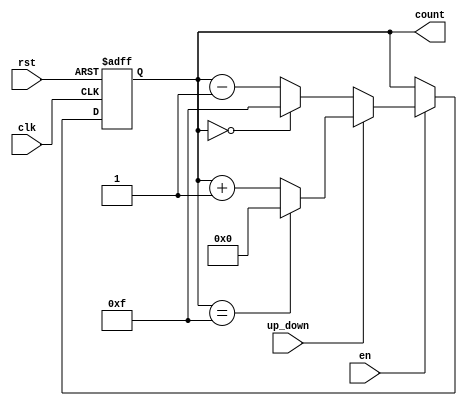
module binary_counter #(
    parameter MAX_COUNT = 4'b1111 // Change this parameter for different bit-widths (e.g., 4'b1111 for 0-15)
)(
    input wire clk,        // Clock input
    input wire rst,        // Asynchronous reset input
    input wire en,        // Enable signal
    input wire up_down,   // Counting direction: 1 for up, 0 for down
    output reg [3:0] count // 4-bit output for the counter value
);

    // synchronous always block for counting on the positive edge of the clock
    always @(posedge clk or posedge rst) begin
        if (rst) begin
            count <= 4'b0000; // Asynchronously reset count to 0
        end else if (en) begin
            if (up_down) begin
                if (count == MAX_COUNT) begin
                    count <= 4'b0000; // Roll over to 0
                end else begin
                    count <= count + 1; // Increment count
                end
            end else begin
                if (count == 4'b0000) begin
                    count <= MAX_COUNT; // Roll over to MAX_COUNT
                end else begin
                    count <= count - 1; // Decrement count
                end
            end
        end
    end
endmodule